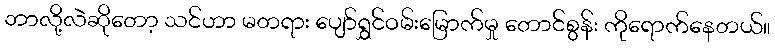
ဘာလို့လဲဆိုတော့ သင်ဟာ မတရား ပျော်ရွှင်ဝမ်းမြောက်မှု တောင်စွန်း ကိုရောက်နေတယ်။